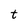
Character: t